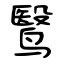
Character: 鹥